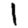
Digit: 1